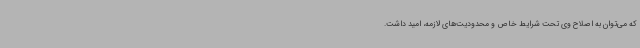
که می‌توان به اصلاح وی تحت شرایط خاص و محدودیت‌های لازمه، امید داشت.